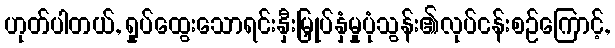
ဟုတ်ပါတယ်, ရှုပ်ထွေးသောရင်းနှီးမြှုပ်နှံမှုပုံသွန်း၏လုပ်ငန်းစဉ်ကြောင့်,